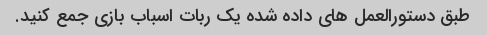
طبق دستورالعمل های داده شده یک ربات اسباب بازی جمع کنید.